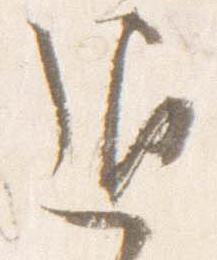
退